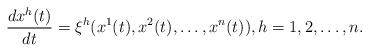
LaTeX: \begin{align*}\frac{dx^h(t)}{dt}=\xi^h(x^1(t),x^2(t),\dots,x^n(t)), h=1,2,\dots,n.\end{align*}